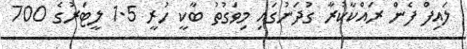
ލައިފް ފެން ރައްކާކުރާ ގުދަނުގައި މިވަގުތު ބާކީ ހުރީ 1.5 ލީޓަރުގެ 700